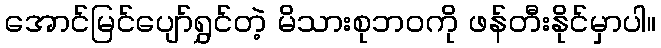
အောင်မြင်ပျော်ရွှင်တဲ့ မိသားစုဘဝကို ဖန်တီးနိုင်မှာပါ။